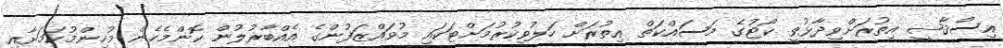
އިސްޤާޟީ އިތުރަށްވިދާޅުވީ ކޯޓުގެ މަސައްކަތް އިތުރަށް ހަލުވިކުރުމަށްޓަކައި މުވައްޒަފުންގެ އެއްބާރުލުން ކޮންމެހެން މުހިންމުކަމަށާއި